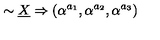
\sim \underline { { X } } \Rightarrow ( \alpha ^ { a _ { 1 } } , \alpha ^ { a _ { 2 } } , \alpha ^ { a _ { 3 } } )